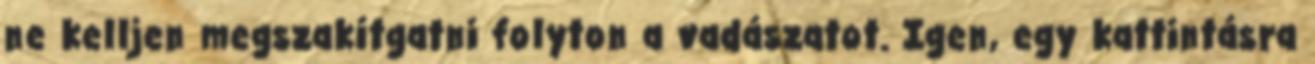
ne kelljen megszakítgatni folyton a vadászatot. Igen, egy kattintásra